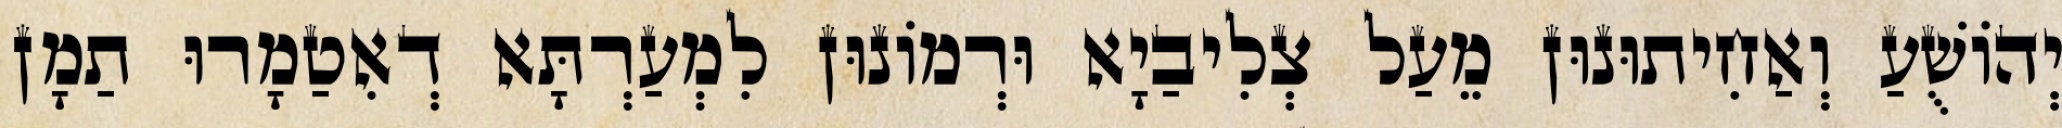
יְהוֹשֻׁעַ וְאַחִיתוּנוּן מֵעַל צְלִיבַיָא וּרְמוֹנוּן לִמְעַרְתָּא דְאִטַמָרוּ תַמָן